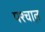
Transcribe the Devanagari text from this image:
पश्चात़